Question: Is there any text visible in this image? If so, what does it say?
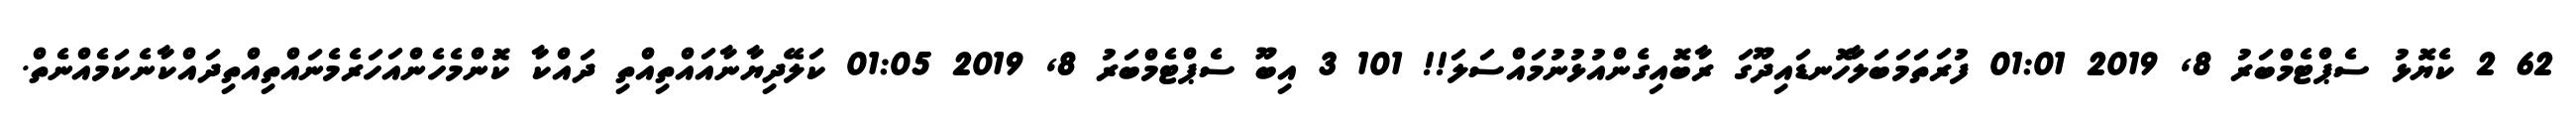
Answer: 62 2 ކެޔޮޅު ސެޕްޓެމްބަރު 8, 2019 01:01 ފުރަތަމަބަލާހޮނޑައިދޫގަ ރާބޮއިގެންއުޅުނުމައްސަލަ!! 101 3 އިބޫ ސެޕްޓެމްބަރު 8, 2019 01:05 ކަލޭދިޔާނާއައްތިއްތި ދައްކާ ކޮންމެހެންއަހަރެމެނައްތިއްތިދައްކާނެކަމެއްނެތް.